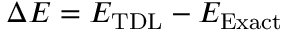
\Delta E = E _ { \mathrm { T D L } } - E _ { \mathrm { E x a c t } }